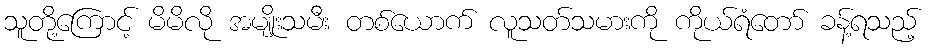
သူတို့ကြောင့် မိမိလို အမျိုးသမီး တစ်ယောက် လူသတ်သမားကို ကိုယ်ရံတော် ခန့်ရသည့်